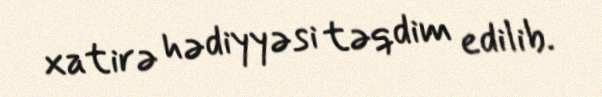
xatirə hədiyyəsi təqdim edilib.